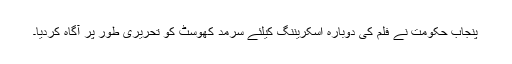
پنجاب حکومت نے فلم کی دوبارہ اسکریننگ کیلئے سرمد کھوسٹ کو تحریری طور پر آگاہ کردیا۔